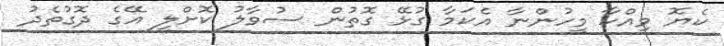
ކެޔޮ ވިއްކާ މީހުންނާ އެކަމާ ގުޅޭ ގޮތުން ސުވާލު ކޮށްލީ އޭގެ ދޮގުތެދު